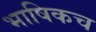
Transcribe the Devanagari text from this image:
भाषिकच